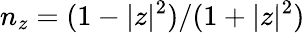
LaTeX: n_{z}=(1-|z|^{2})/(1+|z|^{2})